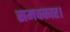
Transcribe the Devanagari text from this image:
समवकार।